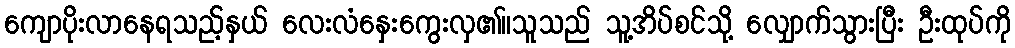
ကျောပိုးလာနေရသည့်နှယ် လေးလံနှေးကွေးလှ၏။သူသည် သူ့အိပ်စင်သို့ လျှောက်သွားပြီး ဦးထုပ်ကို